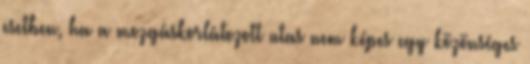
esetben, ha a mozgáskorlátozott utas nem képes egy közönséges